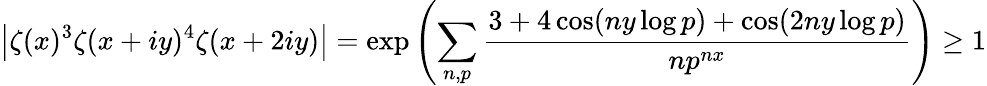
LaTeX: \left|\zeta(x)^{3}\zeta(x+iy)^{4}\zeta(x+2iy)\right|=\exp\left(\sum_{n,p}{\frac{3+4\cos(ny\log p)+\cos(2ny\log p)}{np^{nx}}}\right)\geq 1